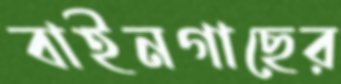
বাইনগাছের